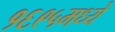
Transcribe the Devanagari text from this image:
१६९५मध्ये